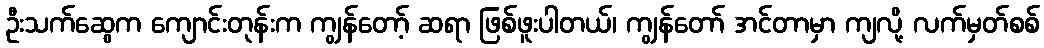
ဦးသက်ဆွေက ကျောင်းတုန်းက ကျွန်တော့် ဆရာ ဖြစ်ဖူးပါတယ်၊ ကျွန်တော် အင်တာမှာ ကျလို့ လက်မှတ်စစ်